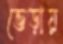
ভেড়ায়